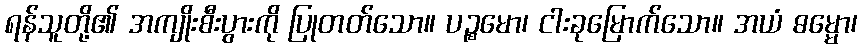
ရန်သူတို့၏ အကျိုးစီးပွားကို ပြုတတ်သော။ ပဉ္စမော၊ ငါးခုမြောက်သော။ အယံ ဓမ္မော၊